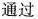
通过